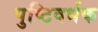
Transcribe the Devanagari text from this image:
पुष्टिवर्धक